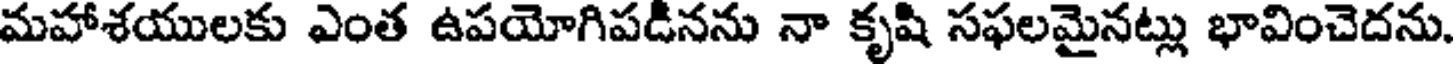
మహాశయులకు ఎంత ఉపయోగిపడినను నా కృషి సఫలమైనట్లు భావించెదను.